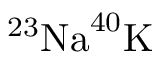
^ { 2 3 } \mathrm { N a } ^ { 4 0 } \mathrm { K }